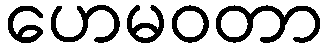
ဟေမဝတာ